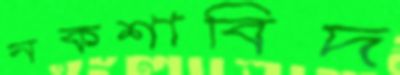
নকশাবিদ